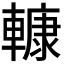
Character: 𨎍